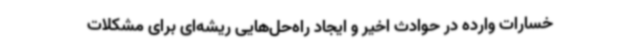
خسارات وارده در حوادث اخیر و ایجاد راه‌حل‌هایی ریشه‌ای برای مشکلات